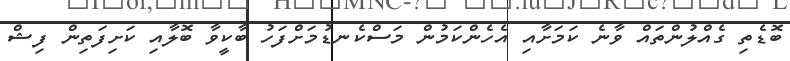
ބޮޑެތި ގެއްލުންތައް ވާނެ ކަމަށާއި އެހެންކަމުން މަސްކެނޑުމަށްފަހު ބާކީވާ ބޮލާއި ކަށިފަތިން ފިޝް